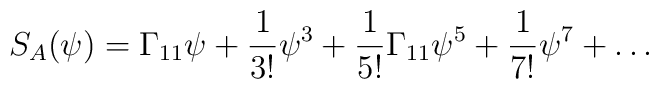
S_A (\psi) = \Gamma_{11} \psi + {1\over 3!} \psi^3 + {1\over 5!} \Gamma_{11}\psi^5 + {1\over 7!} \psi^7 + \ldots